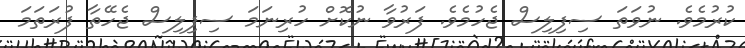
ކުރުމެވެ. ނުވަތަ ސިފިލިސް ޖެހުމެވެ. ފަރުވާ ނުކޮށް ހުރިނަމަ ސިފިލިސް ޖެހޭތާ ފުރަތަމަ